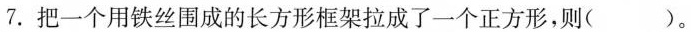
7. 把一个用铁丝围成的长方形框架拉成了一个正方形，则( )。